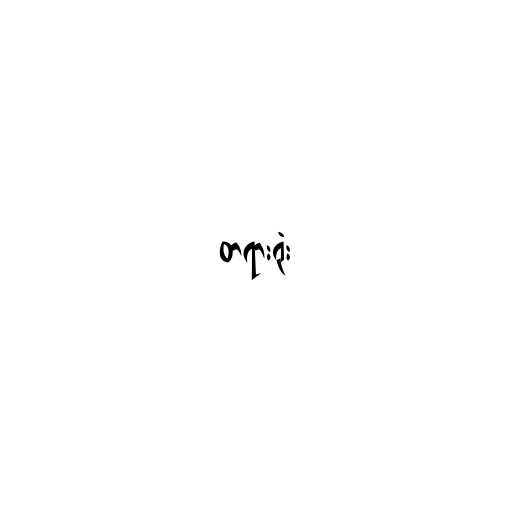
တရားရုံး